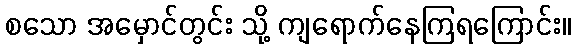
စသော အမှောင်တွင်း သို့ ကျရောက်နေကြရကြောင်း။